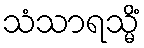
သံသာရသ္မိံ